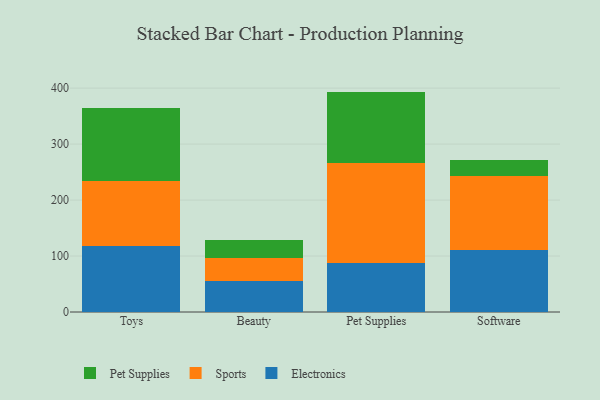
{"axis": {"x": "Category", "y": "Net Income (USD K)"}, "legend": ["Electronics", "Pet Supplies", "Sports"], "data": [{"x": "Toys", "y": 118.7, "type": "Electronics"}, {"x": "Toys", "y": 115.0, "type": "Sports"}, {"x": "Toys", "y": 130.4, "type": "Pet Supplies"}, {"x": "Beauty", "y": 54.8, "type": "Electronics"}, {"x": "Beauty", "y": 41.8, "type": "Sports"}, {"x": "Beauty", "y": 31.4, "type": "Pet Supplies"}, {"x": "Pet Supplies", "y": 88.0, "type": "Electronics"}, {"x": "Pet Supplies", "y": 177.6, "type": "Sports"}, {"x": "Pet Supplies", "y": 128.2, "type": "Pet Supplies"}, {"x": "Software", "y": 110.6, "type": "Electronics"}, {"x": "Software", "y": 132.8, "type": "Sports"}, {"x": "Software", "y": 28.0, "type": "Pet Supplies"}]}